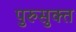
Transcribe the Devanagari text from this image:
पुरुसुक्त